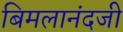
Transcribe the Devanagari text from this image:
बिमलानंदजी